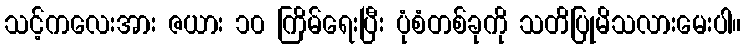
သင့်ကလေးအား ဇယား ၁၀ ကြိမ်ရေးပြီး ပုံစံတစ်ခုကို သတိပြုမိသလားမေးပါ။